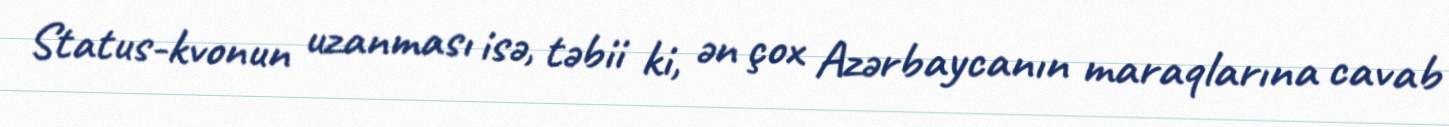
Status-kvonun uzanması isə, təbii ki, ən çox Azərbaycanın maraqlarına cavab